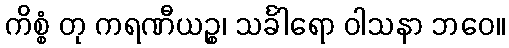
ကိစ္စံ တု ကရဏီယဉ္စ၊ သင်္ခါရော ဝါသနာ ဘဝေ။